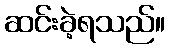
ဆင်းခဲ့ရသည်။